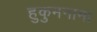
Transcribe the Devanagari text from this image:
हुकुमनामा